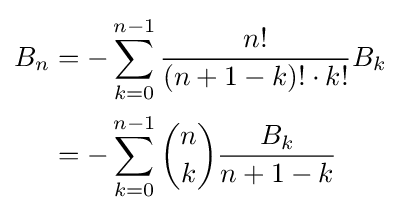
{\begin{aligned}B_{n}&=-\sum _{k=0}^{n-1}{\frac {n!}{(n+1-k)!\cdot k!}}B_{k}\\&=-\sum _{k=0}^{n-1}{\binom {n}{k}}{\frac {B_{k}}{n+1-k}}\end{aligned}}